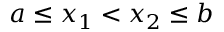
a \leq x _ { 1 } < x _ { 2 } \leq b